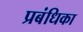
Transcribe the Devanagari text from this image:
प्रबंधिका